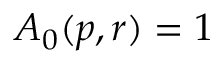
A _ { 0 } ( p , r ) = 1